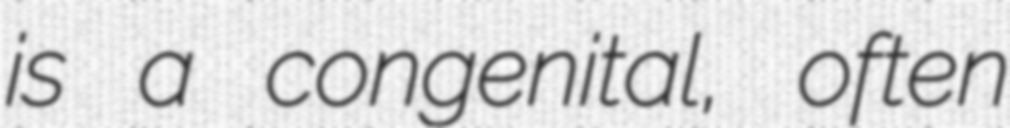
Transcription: is a congenital, often